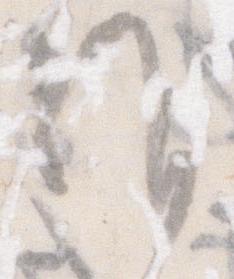
候